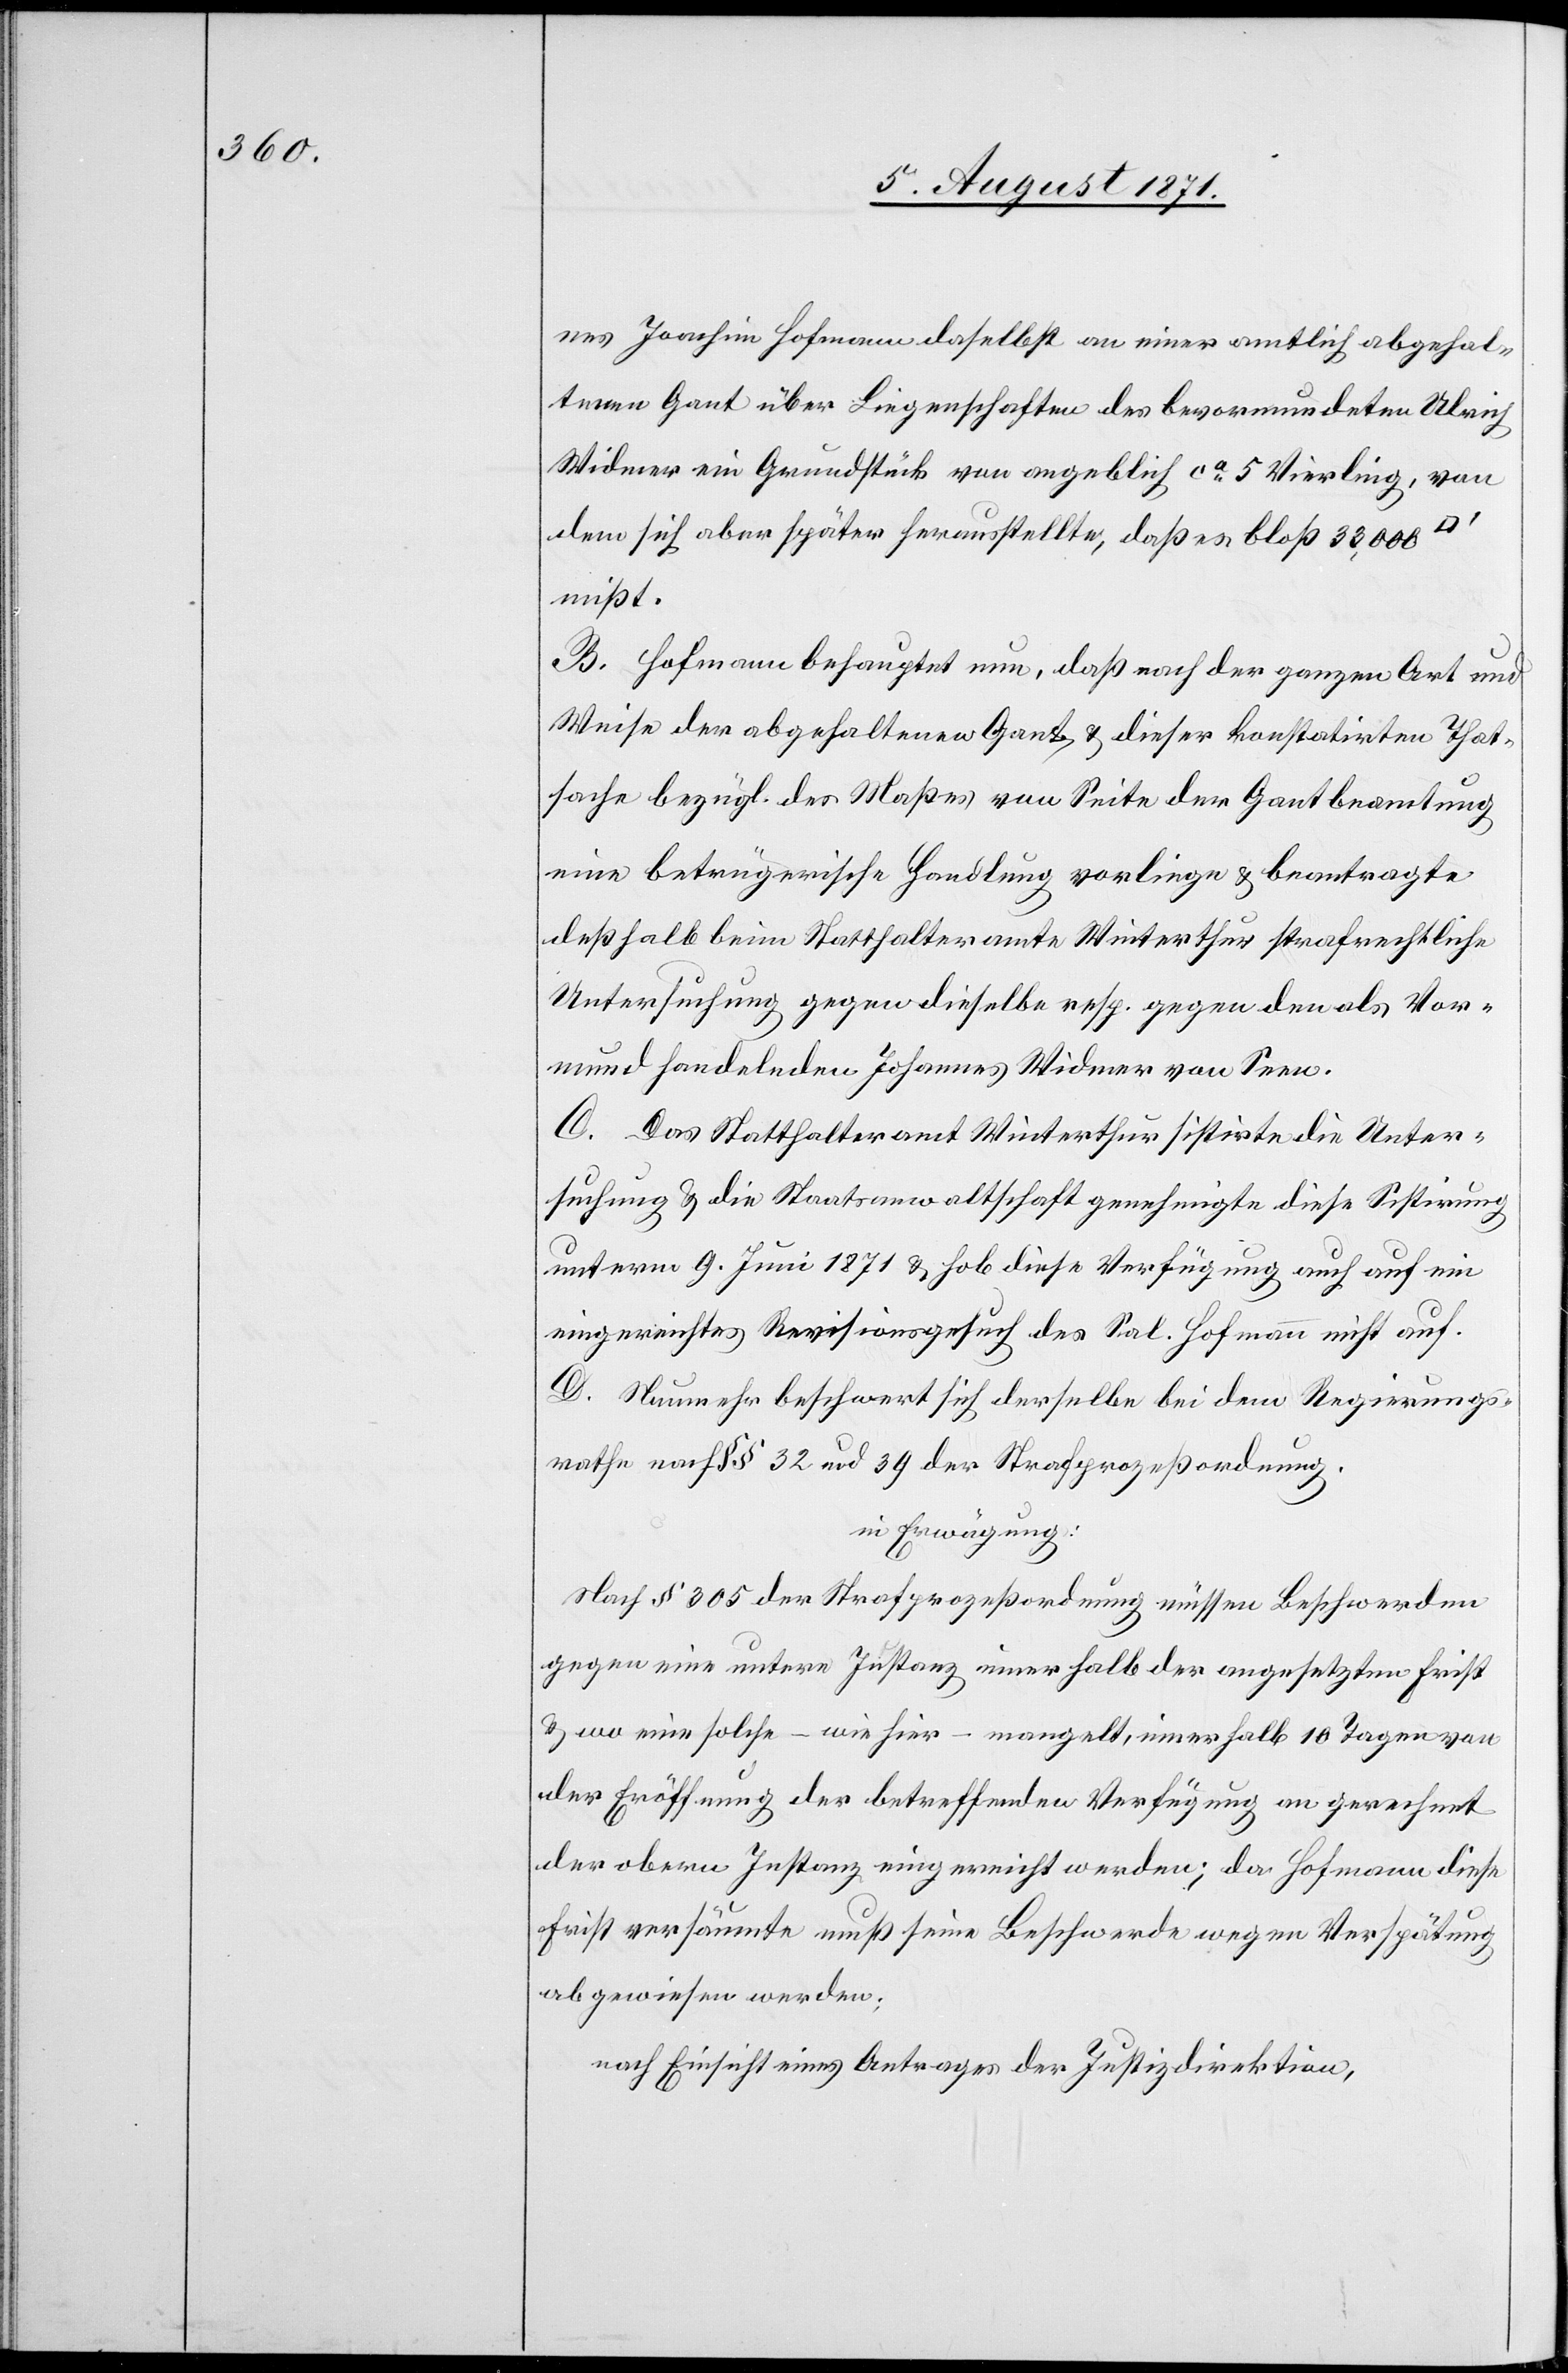
nes Joachim Hofmann daselbst an einer amtlich abgehal¬
tenen Gant über Liegenschaften des bevormundeten Ulrich
Widmer ein Grundstück von angeblich ca. 5 Vierling, von
dem sich aber später herausstellte, daß es bloß 33,000
mißt.
B. Hofmann behauptet nun, daß nach der ganzen Art und
Weise der abgehaltenen Gant u. dieser konstatirten That¬
sache bezüglich des Maßes von Seite der Gantbeamtung
eine betrügerische Handlung vorliege u. beantragte
deßhalb beim Statthalteramte Winterthur strafrechtliche
Untersuchung gegen dieselbe resp. gegen den als Vor¬
mund handelnden Johannes Widmer von Seen.
C. Das Statthalteramt Winterthur sistirte die Unter¬
suchung u. die Staatsanwaltschaft genehmigte diese Sistirung
unterm 9. Juni 1871 u. hob diese Verfügung auch auf ein
eingereichtes Revisionsgesuch des Sal. Hofmann nicht auf.
D. Nunmehr beschwert sich derselbe bei dem Regierungs¬
rathe nach §§ 32 und 39 der Strafprozeßordnung.
in Erwägung:
Nach § 305 der Strafprozeßordnung müssen Beschwerden
gegen eine untere Instanz innerhalb der angesetzten Frist
u. wo eine solche – wie hier – mangelt, innerhalb 10 Tagen von
der Eröffnung der betreffenden Verfügung an gerechnet
der obern Instanz eingereicht werden; da Hofmann dies
Frist versäumte muß seine Beschwerde wegen Verspätung
abgewiesen werden;
nach Einsicht eines Antrages der Justizdirektion,